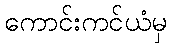
ကောင်းကင်ယံမှ